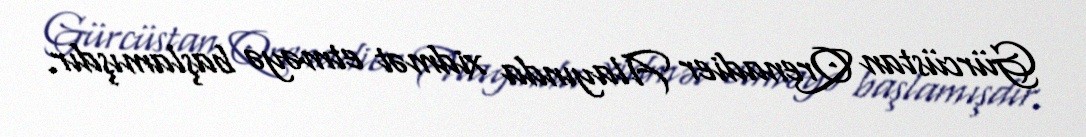
Gürcüstan Qrenadier Alayında xidmət etməyə başlamışdır.